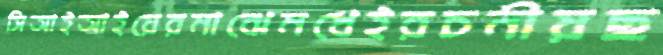
সিআইআইয়েরমাঝেমধেইরচনীয়ছ